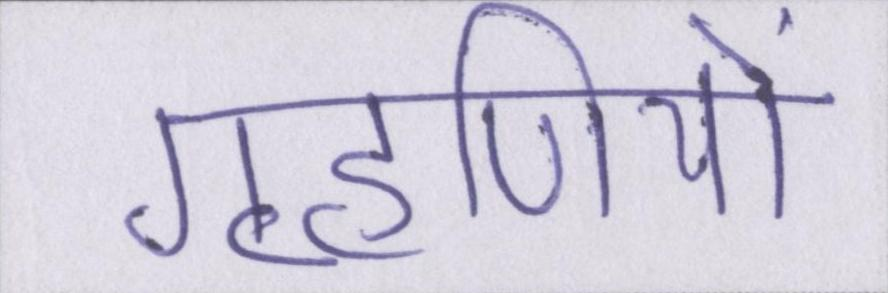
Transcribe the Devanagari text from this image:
गृहणियों